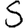
Digit: 5